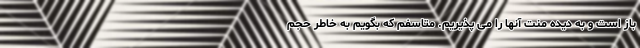
باز است و به دیده منت آنها را می پذیریم. متاسفم که بگویم به خاطر حجم